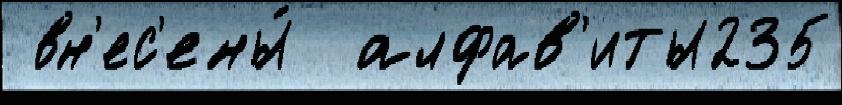
 вн'ес'ены́  алфав'иты235